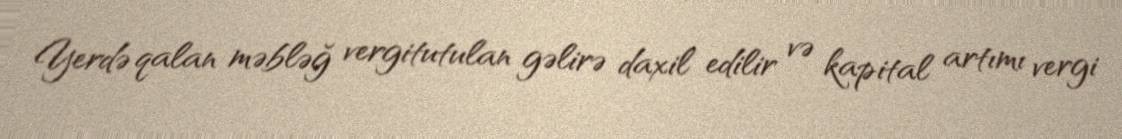
Yerdə qalan məbləğ vergitutulan gəlirə daxil edilir və kapital artımı vergi